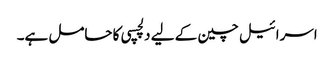
اسرائیل چین کے لیے دلچسپی کا حامل ہے۔